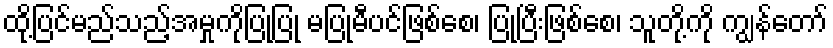
ထို့ပြင်မည်သည့်အမှုကိုပြုပြု မပြုမီပင်ဖြစ်စေ၊ ပြုပြီးဖြစ်စေ၊ သူတို့ကို ကျွန်တော်